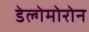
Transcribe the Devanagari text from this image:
डेल्गेमोरोन